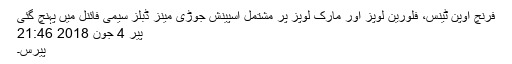
فرنچ اوپن ٹینس، فلورین لوپز اور مارک لوپز پر مشتمل اسپینش جوڑی مینز ڈبلز سیمی فائنل میں پہنچ گئی
پیر 4 جون 2018 21:46
پیرس۔